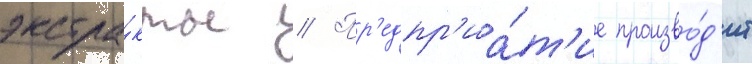
экстра́кты // Пр'едпр'иа́т'ие произво́д'ит